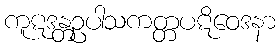
ကူဋဒန္တဥပါသကတ္တပဋိဝေဒနာ